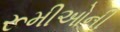
રૂમીઓની